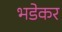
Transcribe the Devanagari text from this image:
भडेकर